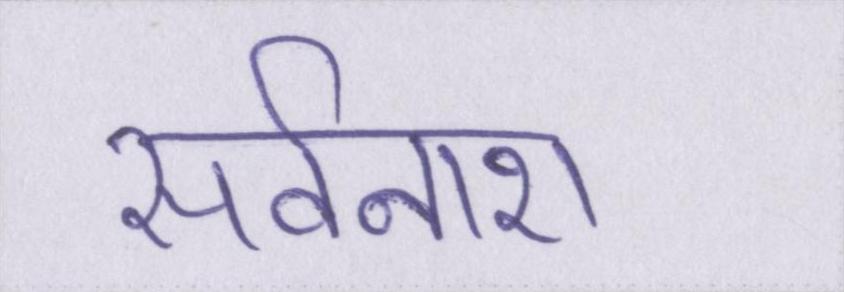
सर्वनाश